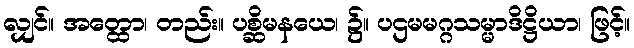
လျှင်။ အတ္ထော၊ တည်း။ ပစ္ဆိမနယေ၊ ၌။ ပဌမမဂ္ဂသမ္မာဒိဋ္ဌိယာ၊ ဖြင့်။